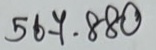
567 . 880